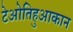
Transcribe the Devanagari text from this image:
टेओतिहुआकान